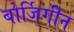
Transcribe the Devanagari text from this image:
बोर्जिगीन